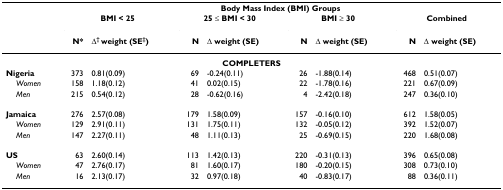
<table><thead><tr><td></td><td colspan="8"><b>Body Mass Index (BMI) Groups</b></td></tr><tr><td></td><td colspan="2"><b>BMI &lt; 25</b></td><td colspan="2"><b>25 ≤ BMI &lt; 30</b></td><td colspan="2"><b>BMI ≥ 30</b></td><td colspan="2"><b>Combined</b></td></tr><tr><td></td><td><b>N*</b></td><td><b>Δ<sup>† </sup>weight (SE<sup>‡</sup>)</b></td><td><b>N</b></td><td><b>Δ weight (SE)</b></td><td><b>N</b></td><td><b>Δ weight (SE)</b></td><td><b>N</b></td><td><b>Δ weight (SE)</b></td></tr></thead><tbody><tr><td colspan="9"><b>COMPLETERS</b></td></tr><tr><td><b>Nigeria</b></td><td>373</td><td>0.81(0.09)</td><td>69</td><td>-0.24(0.11)</td><td>26</td><td>-1.88(0.14)</td><td>468</td><td>0.51(0.07)</td></tr><tr><td> <i>Women</i></td><td>158</td><td>1.18(0.12)</td><td>41</td><td>0.02(0.15)</td><td>22</td><td>-1.78(0.16)</td><td>221</td><td>0.67(0.09)</td></tr><tr><td> <i>Men</i></td><td>215</td><td>0.54(0.12)</td><td>28</td><td>-0.62(0.16)</td><td>4</td><td>-2.42(0.18)</td><td>247</td><td>0.36(0.10)</td></tr><tr><td><b>Jamaica</b></td><td>276</td><td>2.57(0.08)</td><td>179</td><td>1.58(0.09)</td><td>157</td><td>-0.16(0.10)</td><td>612</td><td>1.58(0.05)</td></tr><tr><td> <i>Women</i></td><td>129</td><td>2.91(0.11)</td><td>131</td><td>1.75(0.11)</td><td>132</td><td>-0.05(0.12)</td><td>392</td><td>1.52(0.07)</td></tr><tr><td> <i>Men</i></td><td>147</td><td>2.27(0.11)</td><td>48</td><td>1.11(0.13)</td><td>25</td><td>-0.69(0.15)</td><td>220</td><td>1.68(0.08)</td></tr><tr><td><b>US</b></td><td>63</td><td>2.60(0.14)</td><td>113</td><td>1.42(0.13)</td><td>220</td><td>-0.31(0.13)</td><td>396</td><td>0.65(0.08)</td></tr><tr><td> <i>Women</i></td><td>47</td><td>2.76(0.17)</td><td>81</td><td>1.60(0.17)</td><td>180</td><td>-0.20(0.15)</td><td>308</td><td>0.73(0.10)</td></tr><tr><td> <i>Men</i></td><td>16</td><td>2.13(0.17)</td><td>32</td><td>0.97(0.18)</td><td>40</td><td>-0.83(0.17)</td><td>88</td><td>0.36(0.11)</td></tr></tbody></table>